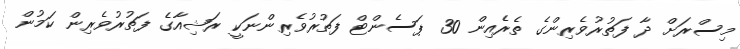
މިސްރަށް ދާ ފަތުރުވެރިންގެ ތެރެއިން 30 ޕަސެންޓް ފަތުރުވެރިންނަކީ ރަޝިއާގެ ފަތުރުވެރިން ކަމުން